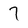
Character: 7